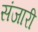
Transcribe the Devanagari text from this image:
संजारी